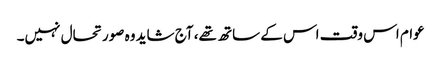
عوام اس وقت اس کے ساتھ تھے، آج شاید وہ صورتحال نہیں۔